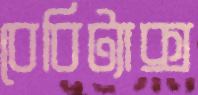
বেবিট্যাক্স